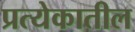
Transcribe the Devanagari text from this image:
प्रत्येकातील